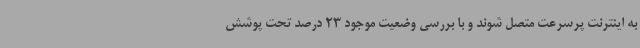
به اینترنت پرسرعت متصل شوند و با بررسی وضعیت موجود 23 درصد تحت پوشش